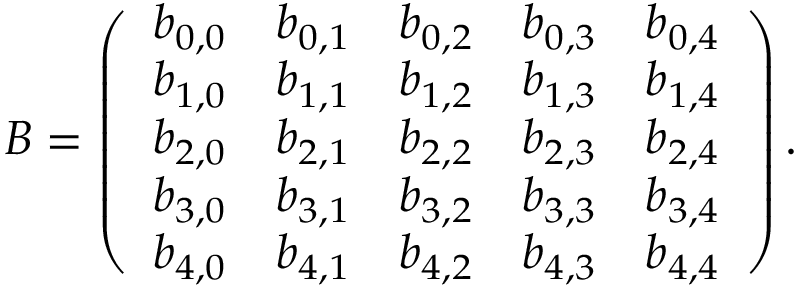
B = \left( \begin{array} { l l l l l } { b _ { 0 , 0 } } & { b _ { 0 , 1 } } & { b _ { 0 , 2 } } & { b _ { 0 , 3 } } & { b _ { 0 , 4 } } \\ { b _ { 1 , 0 } } & { b _ { 1 , 1 } } & { b _ { 1 , 2 } } & { b _ { 1 , 3 } } & { b _ { 1 , 4 } } \\ { b _ { 2 , 0 } } & { b _ { 2 , 1 } } & { b _ { 2 , 2 } } & { b _ { 2 , 3 } } & { b _ { 2 , 4 } } \\ { b _ { 3 , 0 } } & { b _ { 3 , 1 } } & { b _ { 3 , 2 } } & { b _ { 3 , 3 } } & { b _ { 3 , 4 } } \\ { b _ { 4 , 0 } } & { b _ { 4 , 1 } } & { b _ { 4 , 2 } } & { b _ { 4 , 3 } } & { b _ { 4 , 4 } } \end{array} \right) .